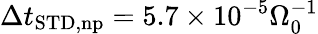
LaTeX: \Delta t_{\mathrm{STD,np}}=5.7\times 10^{-5}\Omega_{0}^{-1}